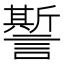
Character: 𧬊